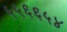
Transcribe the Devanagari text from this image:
५५६६५४